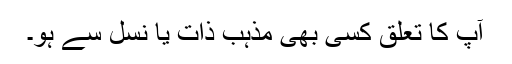
آپ کا تعلق کسی بھی مذہب ذات یا نسل سے ہو۔